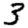
Digit: 3